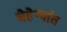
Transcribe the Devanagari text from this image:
चेहेर्‍यांत